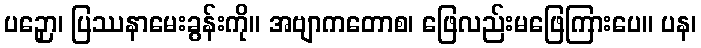
ပဉှော၊ ပြဿနာမေးခွန်းကို။ အဗျာကတောစ၊ ဖြေလည်းမဖြေကြားပေ။ ပန၊